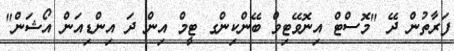
ފަރާތުން ދޭ "މޮސްޓް އިނޮވޭޓިވް ބޭންކިންގ ޓީމް އިން ދަ އިންޑިއަން އޯޝަން"